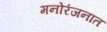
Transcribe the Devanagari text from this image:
मनोरंजनात